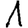
Digit: 1